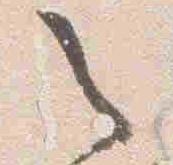
之